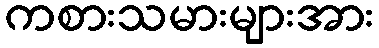
ကစားသမားများအား